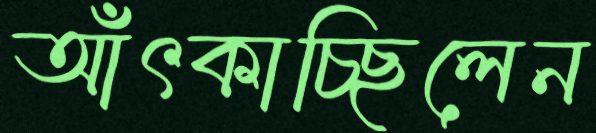
আঁৎকাচ্ছিলেন